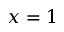
x = 1